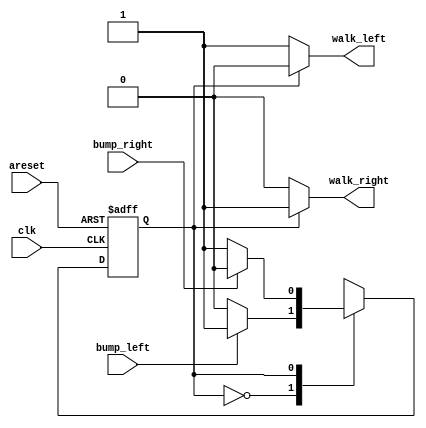
module top_module(
    input clk,
    input areset,    // Freshly brainwashed Lemmings walk left.
    input bump_left,
    input bump_right,
    output walk_left,
    output walk_right); //  

    parameter 	LEFT=1'b0, RIGHT=1'b1;
    reg 	state, next_state;

    always @(*) begin
        // State transition logic
        case ( state )
            LEFT:	if ( bump_left )
                		next_state = RIGHT;
            		else
                        next_state = state;
            RIGHT:	if ( bump_right )
                		next_state = LEFT;
            		else
                        next_state = state;
            default:
                		next_state = state;
        endcase
    end

    always @(posedge clk, posedge areset) begin
        // State flip-flops with asynchronous reset
        if ( areset ) state <= LEFT;
        else state <= next_state;
    end

    // Output logic
    assign walk_left = (state == LEFT) ? 1'b1 : 1'b0;
    assign walk_right = (state == RIGHT) ? 1'b1 : 1'b0;

endmodule